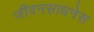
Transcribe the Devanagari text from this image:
जीवनसाधनेस